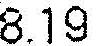
8.19